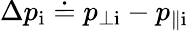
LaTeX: \Delta p_{\mathrm{i}}\doteq p_{\perp\mathrm{i}}-p_{\parallel\mathrm{i}}